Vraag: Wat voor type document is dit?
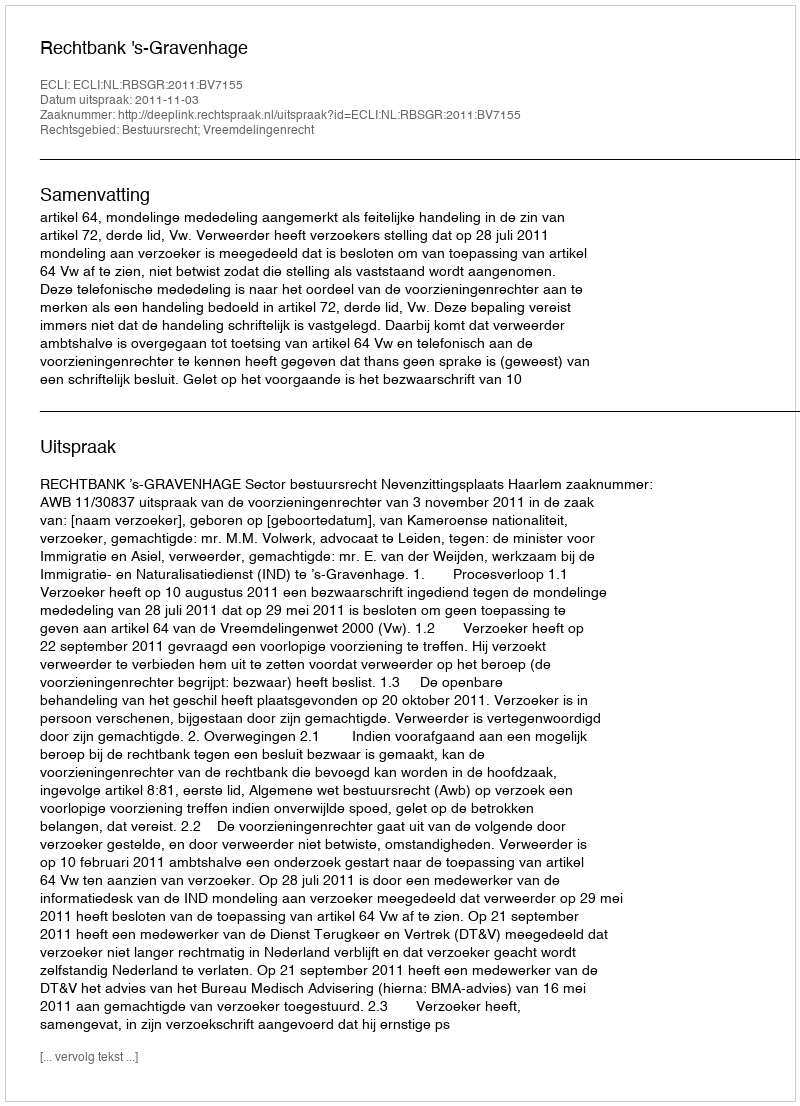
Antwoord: Uitspraak